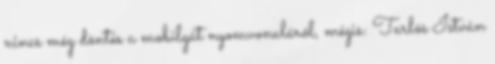
nincs még döntés a mobilgát nyomvonaláról, mégis: Tarlós István